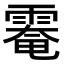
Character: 𩄀